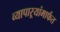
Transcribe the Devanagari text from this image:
व्यापाऱ्यांमार्फत